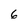
Character: 6